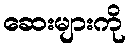
ဆေးများကို